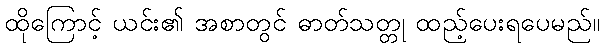
ထိုကြောင့် ယင်း၏ အစာတွင် ဓာတ်သတ္တု ထည့်ပေးရပေမည်။